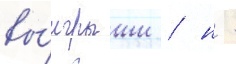
вы́игрыши / н -